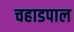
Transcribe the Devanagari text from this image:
चहाडपाल